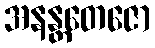
အနန္တတေဇော